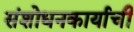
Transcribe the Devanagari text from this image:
संशोधनकार्याची